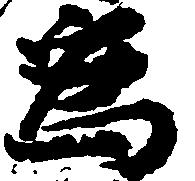
為